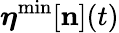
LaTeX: {\boldsymbol\eta}^{\mathrm{min}}[{\mathbf n}](t)